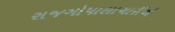
રાજગોપાલાચારીએ